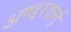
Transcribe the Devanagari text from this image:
अण्डरवर्ल्ड़